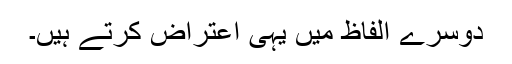
دوسرے الفاظ میں یہی اعتراض کرتے ہیں۔